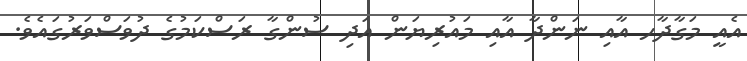
އެއީ މަގާދާހ އާއި ނަންދާ އާއި މައުރިޔަން އަދި ސުންގާ ރަސްކަމުގެ ދުވަސްވަރުގައެވެ.